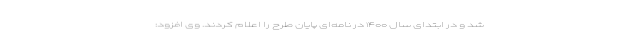
شد و در ابتدای سال ۱۴۰۰ در نامه‌ای پایان طرح را اعلام کردند. وی افزود: